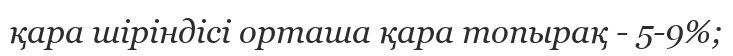
қара шіріндісі орташа қара топырақ - 5-9%;